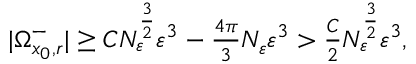
\begin{array} { r } { | \Omega _ { x _ { 0 } , r } ^ { - } | \geq C N _ { \varepsilon } ^ { \frac { 3 } { 2 } } \varepsilon ^ { 3 } - { \frac { 4 \pi } { 3 } } N _ { \varepsilon } \varepsilon ^ { 3 } > \frac { C } { 2 } N _ { \varepsilon } ^ { \frac { 3 } { 2 } } \varepsilon ^ { 3 } , } \end{array}